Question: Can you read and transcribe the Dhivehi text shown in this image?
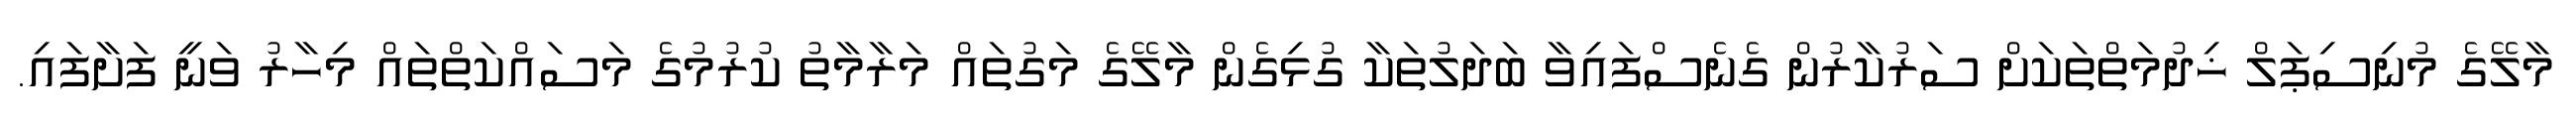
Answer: މާލޭގެ މުނިސިޕަލް ޚިދުމަތްތަކަށް ސަރުކާރުން ގެނެސްފައިވާ ބަދަލުތަކާ ގުޅިގެން މާލޭގެ މަގުތައް މަރާމާތު ކުރުމުގެ މަސައްކަތްތައް މިހާރު ވަނީ ފަށާފައި.